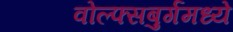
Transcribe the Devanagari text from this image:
वोल्फ्सबुर्गमध्ये